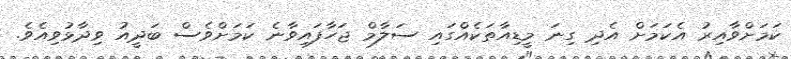
ކަމަށްވާއިރު އެކަމަށް އެދި ގިނަ މީޑިއާތަކެއްގައި ސަލާމް ޖަހާފައިވާނެ ކަމަށްވެސް ބަދީއު ވިދާޅުވިއެވެ.